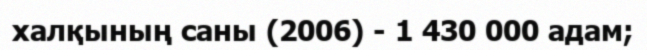
халқының саны (2006) - 1 430 000 адам;